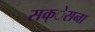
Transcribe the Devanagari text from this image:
सक्ेसना